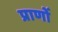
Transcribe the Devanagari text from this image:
प्राणोँ